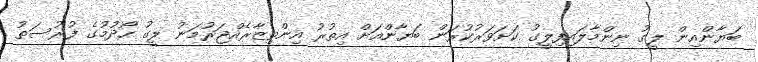
ބަޔާންއިން ލީގު ނިންމާލައިފިލީގު ކަށަވަރުކުރަން ބަޔާންއަށް އިތުރު އިންތިޒާރެއްޖަރުމަނު ލީގު ހޯދުމުގެ ފުރުސަތު